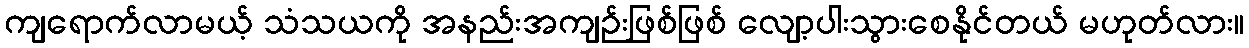
ကျရောက်လာမယ့် သံသယကို အနည်းအကျဉ်းဖြစ်ဖြစ် လျော့ပါးသွားစေနိုင်တယ် မဟုတ်လား။